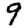
Digit: 9